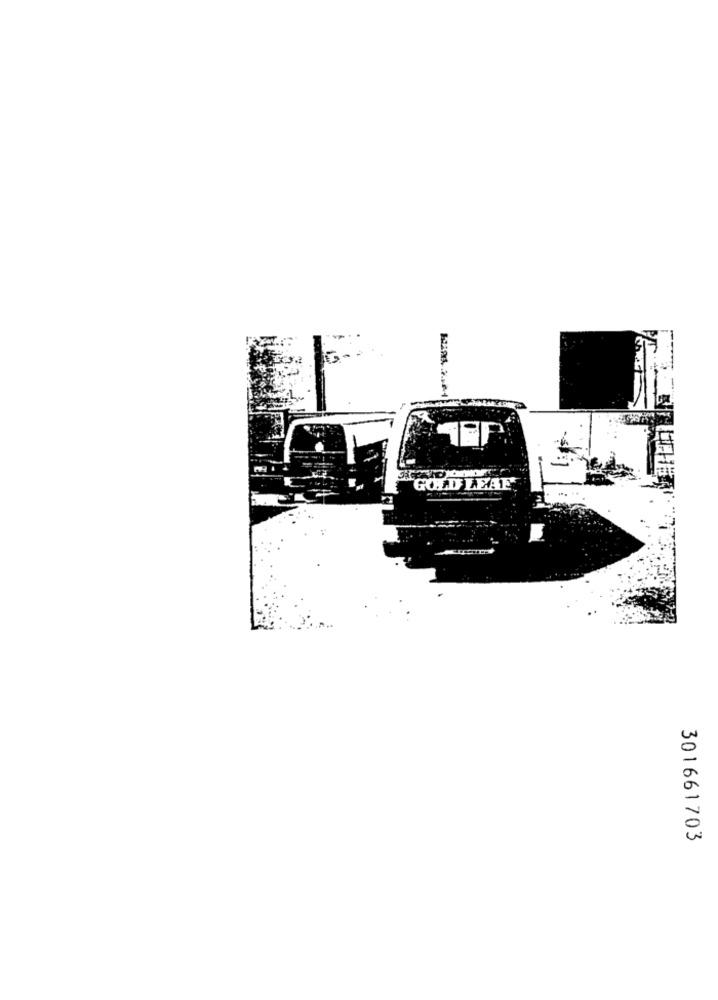
GOLD LEAF
301661703